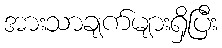
အားသာချက်များရှိပြီး